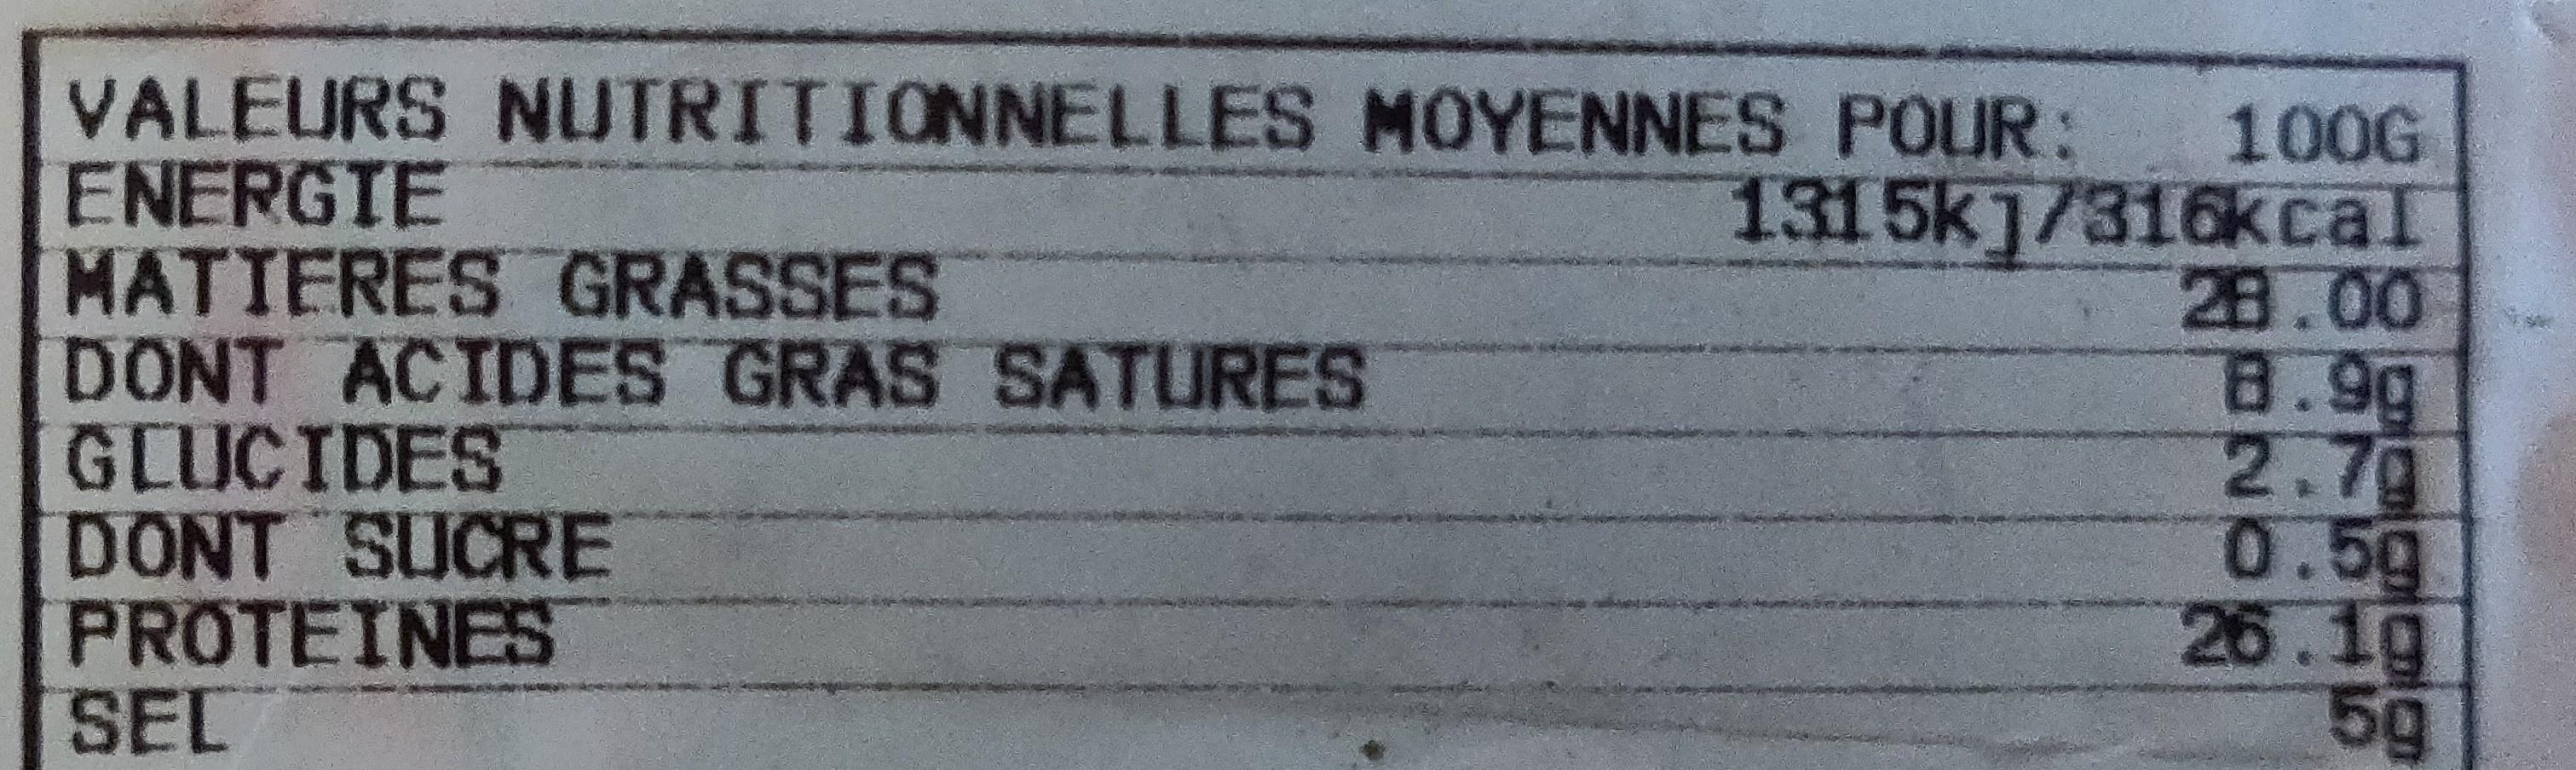
VALEURS NUTRITIONNELLES MOYENNES POUR: ENERGIE MATTERES GRASSES DONT ACIDES GRAS SATURES GLUCIDES DONT SUCRE PROTEINES SEL
100G 131 5k]/316kcal 28.00 8.9g 2.7g 0.5g 26.1g 5g